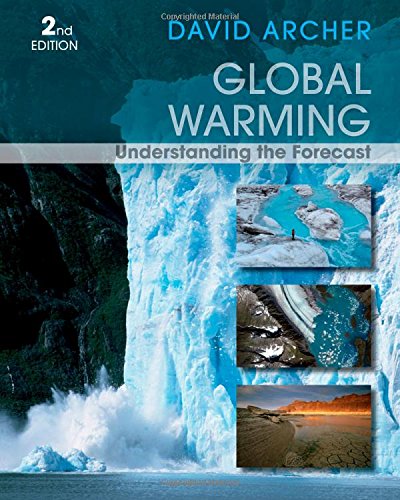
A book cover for Global Warming: Understanding the Forecast; David Archer; Science & Math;